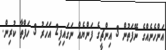
އަންހެނެއްގެ ނޭފަތުން 3 އިންޗީގެ ފަންޔެއް ނަގައިފި2 އަހަރު 3 ހަފްތާ ކުރިން.